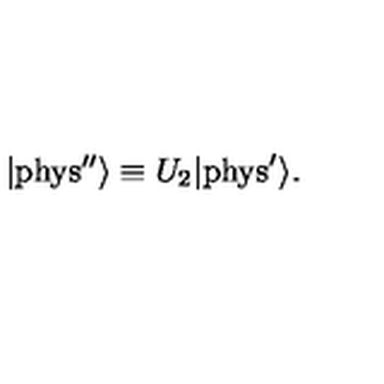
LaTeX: | \mathrm { { p h y s ^ { \prime \prime } } } \rangle \equiv U _ { 2 } | { \mathrm { p h y s } } ^ { \prime } \rangle .